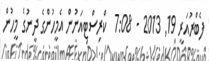
ފެބްރުއަރީ 19